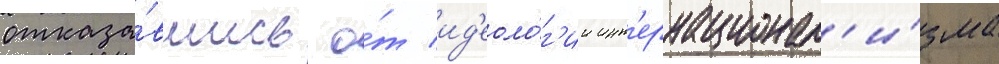
отказа́вшись о́т ид'еоло́г'ии инт'ернационал'и́зма